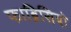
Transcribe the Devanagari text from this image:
फाब्रिसियो